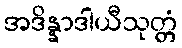
အဒိန္နာဒါယီသုတ္တံ